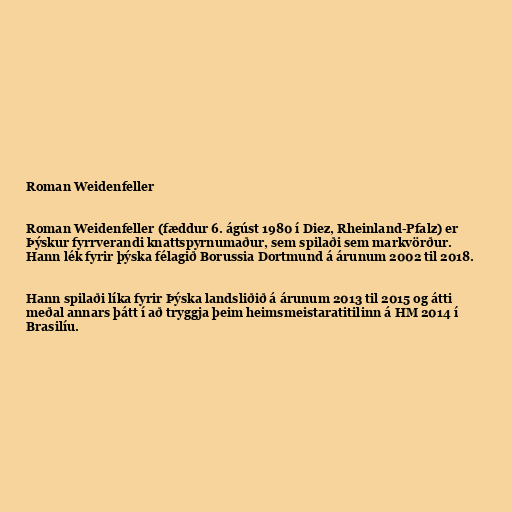
Roman Weidenfeller

Roman Weidenfeller (fæddur 6. ágúst 1980 í Diez, Rheinland-Pfalz) er
Þýskur fyrrverandi knattspyrnumaður, sem spilaði sem markvörður.
Hann lék fyrir þýska félagið Borussia Dortmund á árunum 2002 til 2018.

Hann spilaði líka fyrir Þýska landsliðið á árunum 2013 til 2015 og átti
meðal annars þátt í að tryggja þeim heimsmeistaratitilinn á HM 2014 í
Brasilíu.